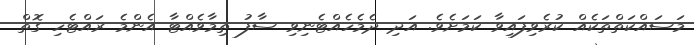
މަސައްކަތްތަކެއް ކުރެވިފައިވާ ކަމަށެވެ. އަދި ދެމެހެއްޓެނިވި ސާފު ތިމާވެއްޓާ އެންމެ ރައްޓެހި ގޮތް